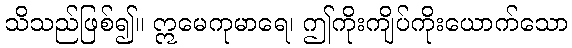
သိသည်ဖြစ်၍။ ဣမေကုမာရေ၊ ဤကိုးကျိပ်ကိုးယောက်သော